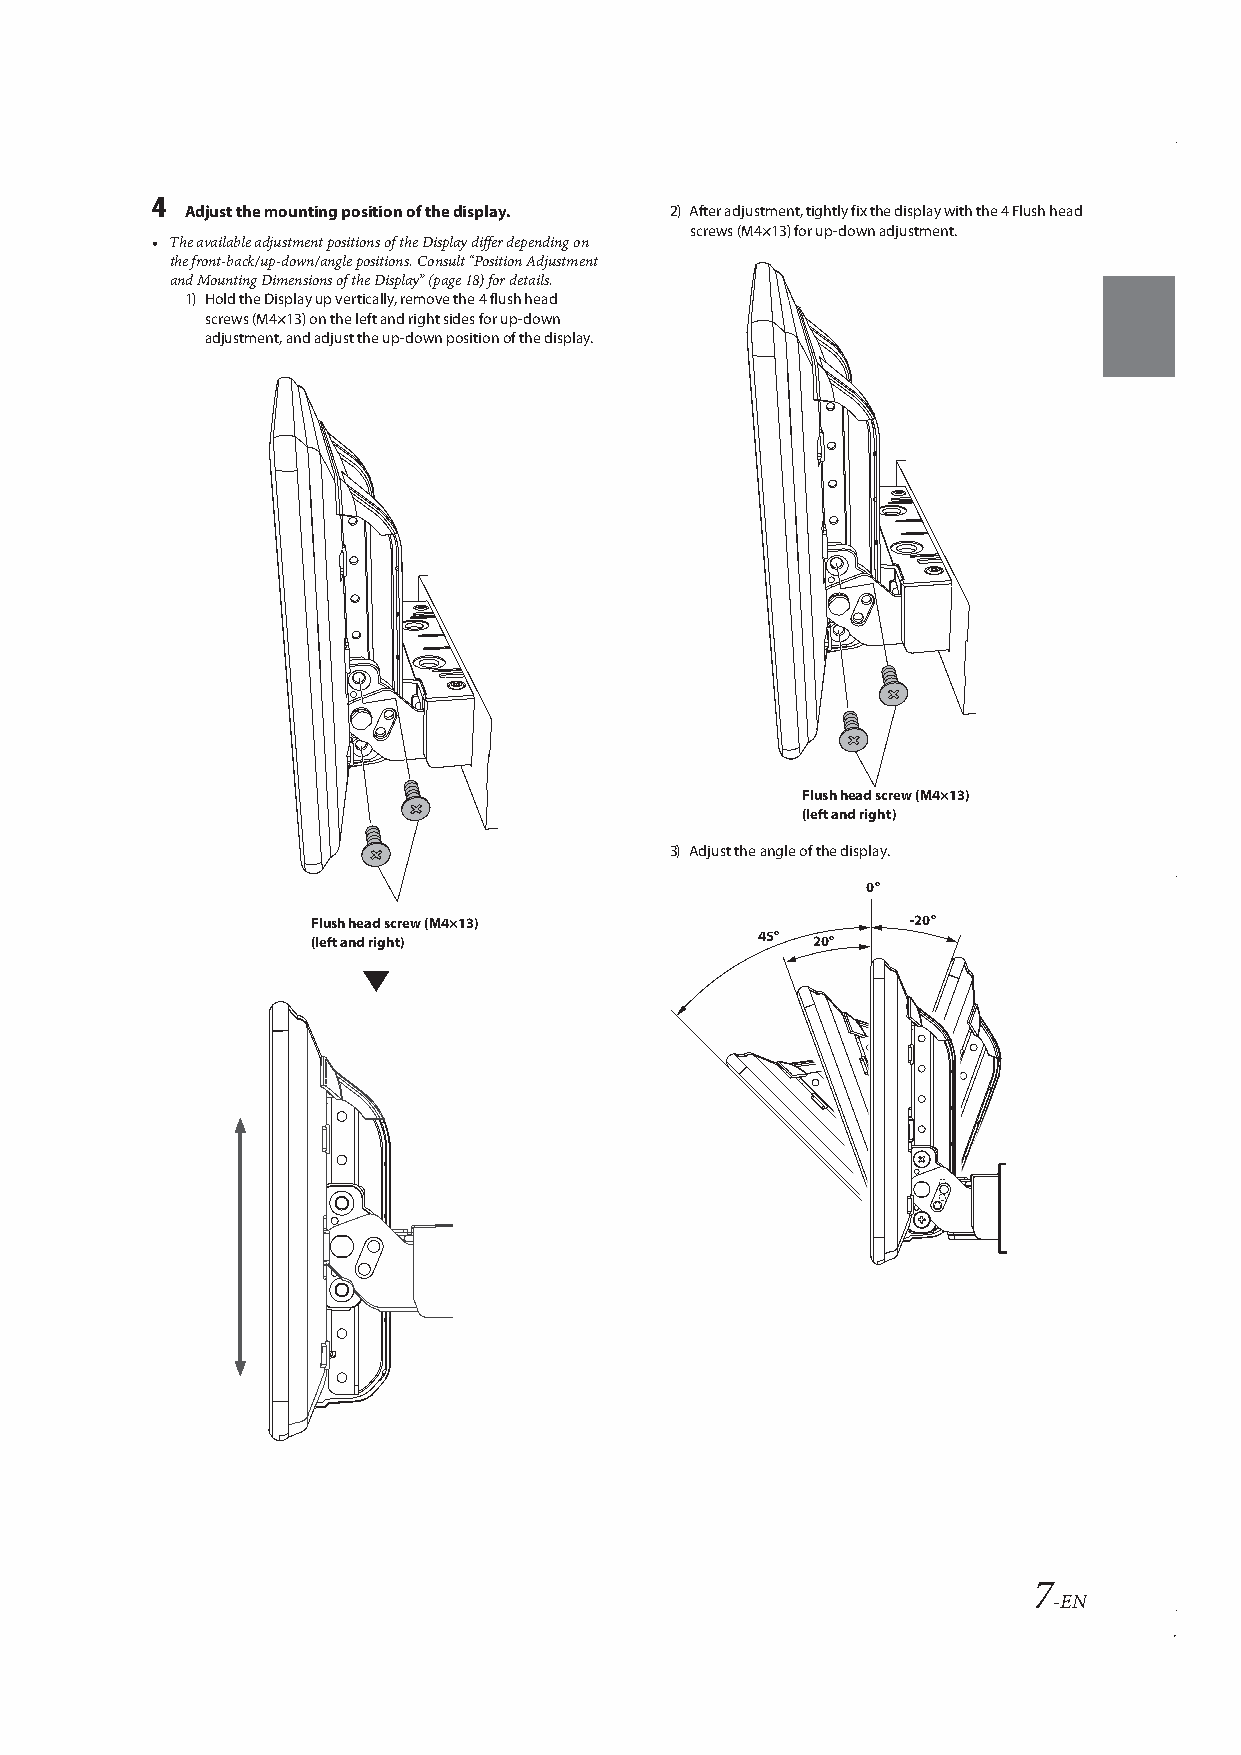
4
 Adjust the mounting position of the display. 2) After adjustment, tightly fix the display with the 4 Flush head
 screws (M4×13) for up-down adjustment.
 • The available adjustment positions of the Display differ depending on
 the front-back/up-down/angle positions. Consult “Position Adjustment
 and Mounting Dimensions of the Display” (page18) for details.
 1) Hold the Display up vertically, remove the 4 flush head
 screws (M4×13) on the left and right sides for up-down
 adjustment, and adjust the up-down position of the display.
 Flush head screw (M4×13)
 (left and right)
 3) Adjust the angle of the display.
 0°
 Flush head screw (M4×13)               -20°
 (left and right)             45° 20°
 7
 -EN